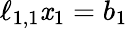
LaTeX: \ell_{1,1}\mathit{x}_{1}=b_{1}